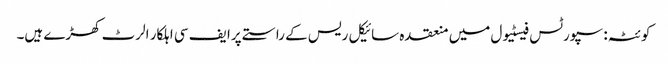
کوئٹہ: سپورٹس فیسٹیول میں منعقدہ سائیکل ریس کے راستے پرا یف سی اہلکار الرٹ کھڑے ہیں۔